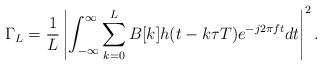
\begin{align*}\Gamma_{L} = \frac{1}{L}\left| \int_{-\infty}^{\infty} \sum_{k=0}^{L} B[k]h(t-k\tau T) e^{-j2\pi ft} dt\right| ^{2}. \end{align*}